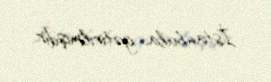
İstanbula gətirilmişdir.